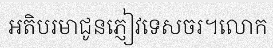
អតិបរមាជូនភ្ញៀវទេសចរ។លោក